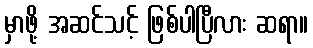
မှာဖို့ အဆင်သင့် ဖြစ်ပါပြီလား ဆရာ။